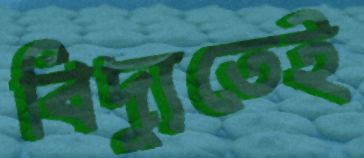
বিদ্যুতেই